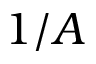
1 / A